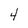
Character: 4